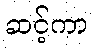
ဆင့်ကာ